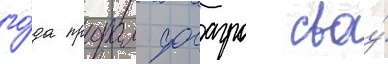
го́да продал фосагро своу́